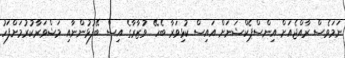
ނަމަވެސް ރާއްޖެއަށް އިންސްޕެކްޝަނަށް އައިސް ކުޅިވަރާ ބެހޭ ވުޒާރާގެ އިސް ބޭފުޅުންނާއި މަޝްވަރާކުރުމަށްފަހު